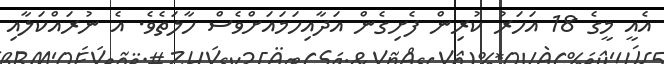
އެއީ މީގެ 18 އަހަރު ކުރިން ފެށިގެން އަދާއިހަމައަށްވެސް ހާލަތެވެ. އެ ނުރައްކަލާއި